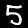
Label: 5